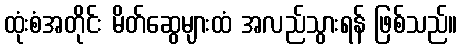
ထုံးစံအတိုင်း မိတ်ဆွေများထံ အလည်သွားရန် ဖြစ်သည်။